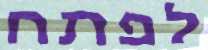
לפתח